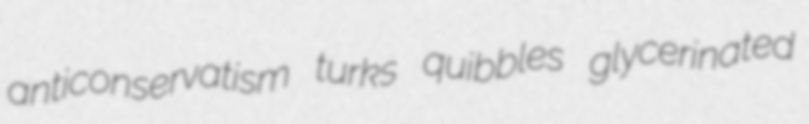
anticonservatism turks quibbles glycerinated